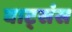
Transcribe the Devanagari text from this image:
वाट्संस